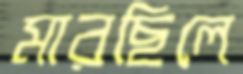
মারছিলে